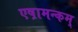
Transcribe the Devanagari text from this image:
एष़ामन्कम्